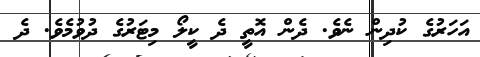
އަހަރުގެ ކުދިން ނެވެ. ދެން އޮތީ ދެ ކީލޯ މިޓަރުގެ ދުވުމެވެ. ދެ